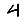
Digit: 4